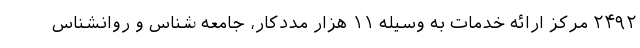
۲۴۹۲ مرکز ارائه خدمات به وسیله ۱۱ هزار مددکار، جامعه شناس و روانشناس